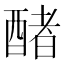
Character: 醏